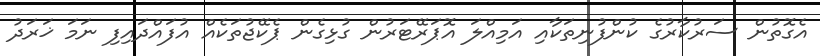
އެގޮތުން ސަރުކާރުގެ ކުންފުނިތަކާއި އަމިއްލަ އޮޕަރޭޓަރުން ގުޅިގެން ޕެކޭޖުތަކެއް އުފައްދައިފި ނަމަ ޚަރަދު